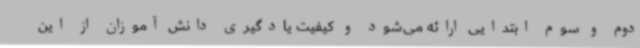
دوم و سوم ابتدایی ارائه می‌شود و کیفیت یادگیری دانش آموزان از این